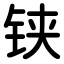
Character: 铗